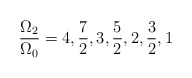
\begin{align*}\frac {\Omega_2}{\Omega_0} = 4,\frac {7}{2},3,\frac {5}{2},2,\frac{3}{2},1\end{align*}